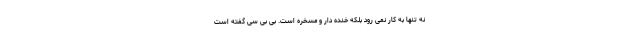
نه تنها به کار نمی رود بلکه خنده دار و مسخره است. بی بی سی گفته است